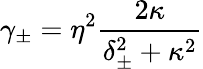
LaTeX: \gamma_{\pm}=\eta^{2}\frac{2\kappa}{\delta_{\pm}^{2}+\kappa^{2}}